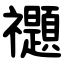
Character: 禵